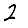
Digit: 2